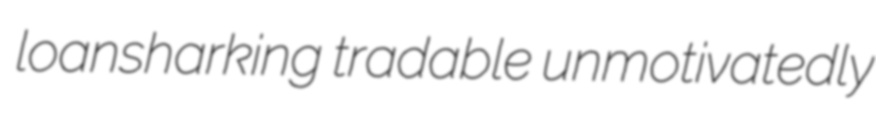
loansharking tradable unmotivatedly